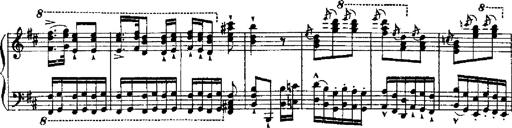
Title: RÃ©miniscences de Robert le diable
Composer: Franz Liszt